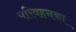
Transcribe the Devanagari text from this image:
परिवहनका